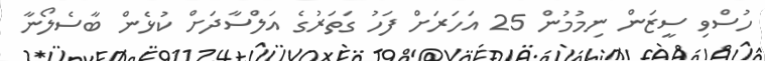
ހުސްވި ސީޒަން ނިމުމުން 25 އަހަރަށް ފަހު ގަތަރުގެ އަލްސާދަށް ކުޅެން ބާސެލޯނާ